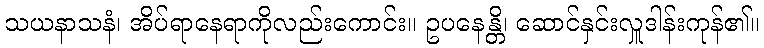
သယနာသနံ၊ အိပ်ရာနေရာကိုလည်းကောင်း။ ဥပနေန္တိ၊ ဆောင်နှင်းလှူဒါန်းကုန်၏။